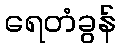
ရေတံခွန်